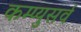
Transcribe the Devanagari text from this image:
कम्प्युसर्व